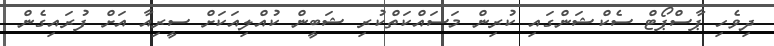
ދިވެހި ޕާސްޕޯޓް ސެކްޝަންގައި ކުރިން މަސައްކަތްކުރި ޝަބީން ކުއްލިއަކަށް ސީރިއާ އަށް ފުރައިގެން